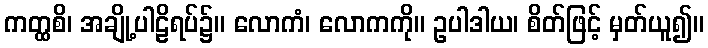
ကတ္ထစိ၊ အချို့ပါဠိရပ်၌။ လောကံ၊ လောကကို။ ဥပါဒါယ၊ စိတ်ဖြင့် မှတ်ယူ၍။